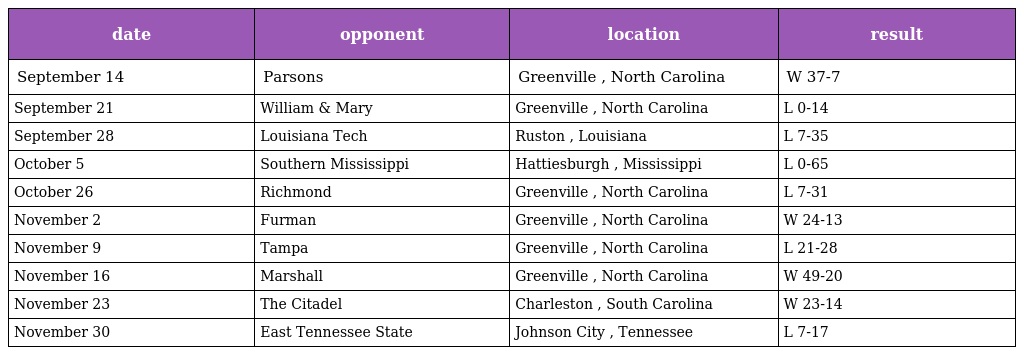
| date | opponent | location | result |
 | --- | --- | --- | --- |
 | September 14 | Parsons | Greenville , North Carolina | W 37-7 |
 | September 21 | William & Mary | Greenville , North Carolina | L 0-14 |
 | September 28 | Louisiana Tech | Ruston , Louisiana | L 7-35 |
 | October 5 | Southern Mississippi | Hattiesburgh , Mississippi | L 0-65 |
 | October 26 | Richmond | Greenville , North Carolina | L 7-31 |
 | November 2 | Furman | Greenville , North Carolina | W 24-13 |
 | November 9 | Tampa | Greenville , North Carolina | L 21-28 |
 | November 16 | Marshall | Greenville , North Carolina | W 49-20 |
 | November 23 | The Citadel | Charleston , South Carolina | W 23-14 |
 | November 30 | East Tennessee State | Johnson City , Tennessee | L 7-17 |